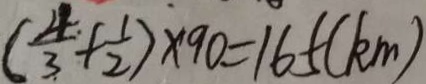
( \frac { 4 } { 3 } + \frac { 1 } { 2 } ) \times 9 0 = 1 6 5 ( k m )